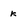
Character: k